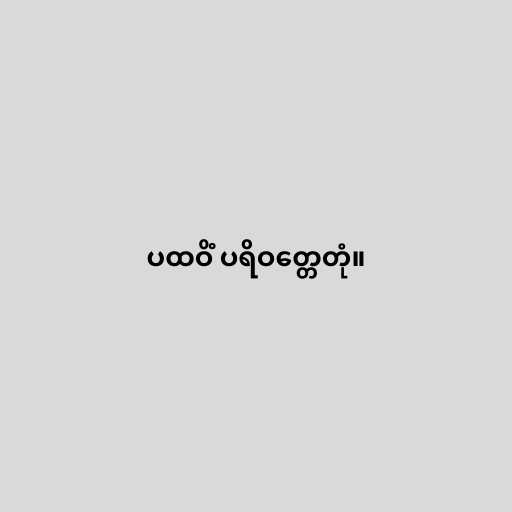
ပထဝိံ ပရိဝတ္တေတုံ။